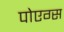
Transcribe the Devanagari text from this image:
पोएग्स